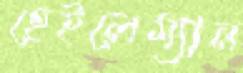
হেইলেম্যান